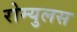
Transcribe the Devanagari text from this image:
रोम्युलस